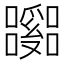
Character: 𡄹